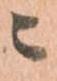
ニ